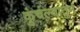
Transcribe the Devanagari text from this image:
कुंचल्यातुन